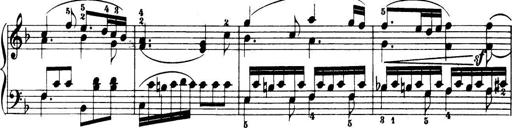
Title: 32 Sonatinas and Rondos for the Piano
Composer: Richard Kleinmichel